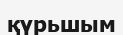
қүрьшым